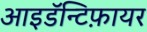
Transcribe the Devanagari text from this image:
आइडॅन्टिफ़ायर